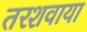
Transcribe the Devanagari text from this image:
तरशवाया